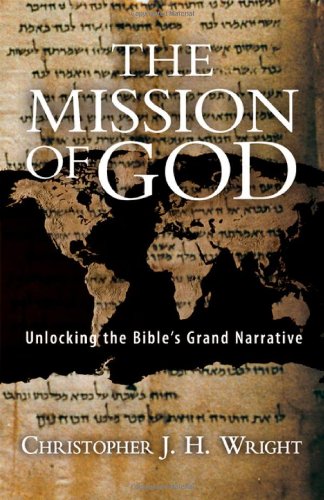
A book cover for The Mission of God: Unlocking the Bible's Grand Narrative; Christopher J. H. Wright; Christian Books & Bibles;